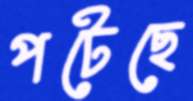
পটেছে